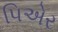
પિએર